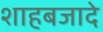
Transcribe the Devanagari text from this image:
शाहबजादे